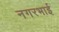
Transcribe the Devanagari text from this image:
नगरभाई